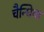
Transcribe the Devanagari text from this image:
चैन्धिया